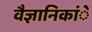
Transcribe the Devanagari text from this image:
वैज्ञानिकांे